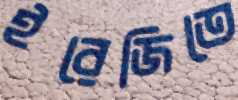
ইরেজিতে